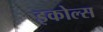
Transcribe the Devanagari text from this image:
इकोल्स